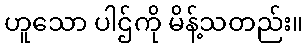
ဟူသော ပါဌ်ကို မိန့်သတည်း။